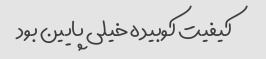
کیفیت کوبیده خیلی پایین بود